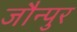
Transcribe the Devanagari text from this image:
जौन्पुर